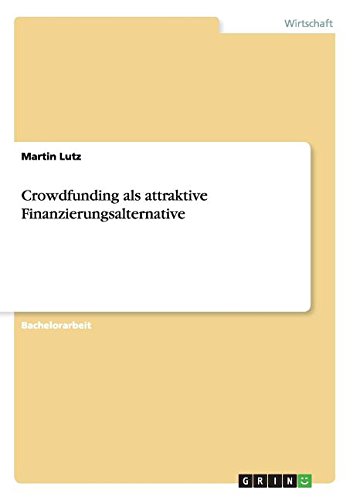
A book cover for Crowdfunding als attraktive Finanzierungsalternative (German Edition); Martin Lutz; Business & Money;